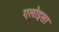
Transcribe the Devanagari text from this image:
एलोइसा